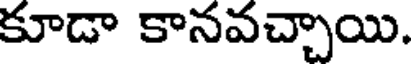
కూడా కానవచ్చాయి.